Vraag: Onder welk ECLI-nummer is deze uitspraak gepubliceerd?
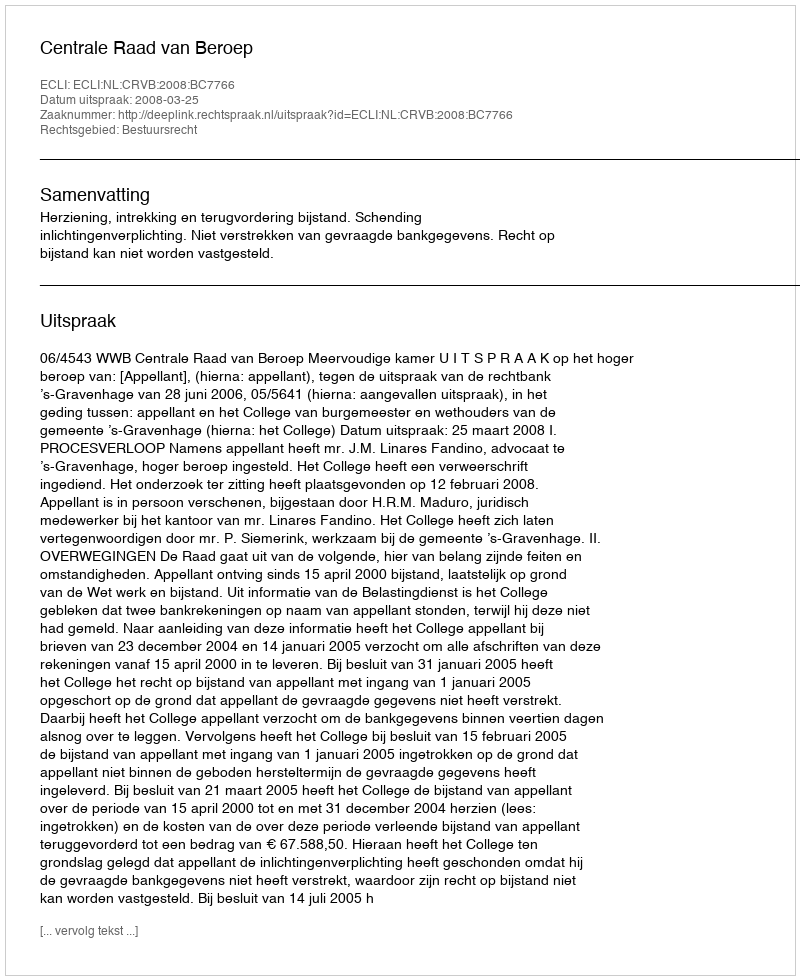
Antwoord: ECLI:NL:CRVB:2008:BC7766